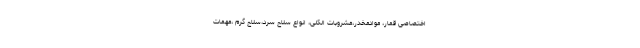
اختصاصی قمار، موادمخدر،مشروبات الکلی، انواع سلاح سرد،سلاح گرم ،مهمات